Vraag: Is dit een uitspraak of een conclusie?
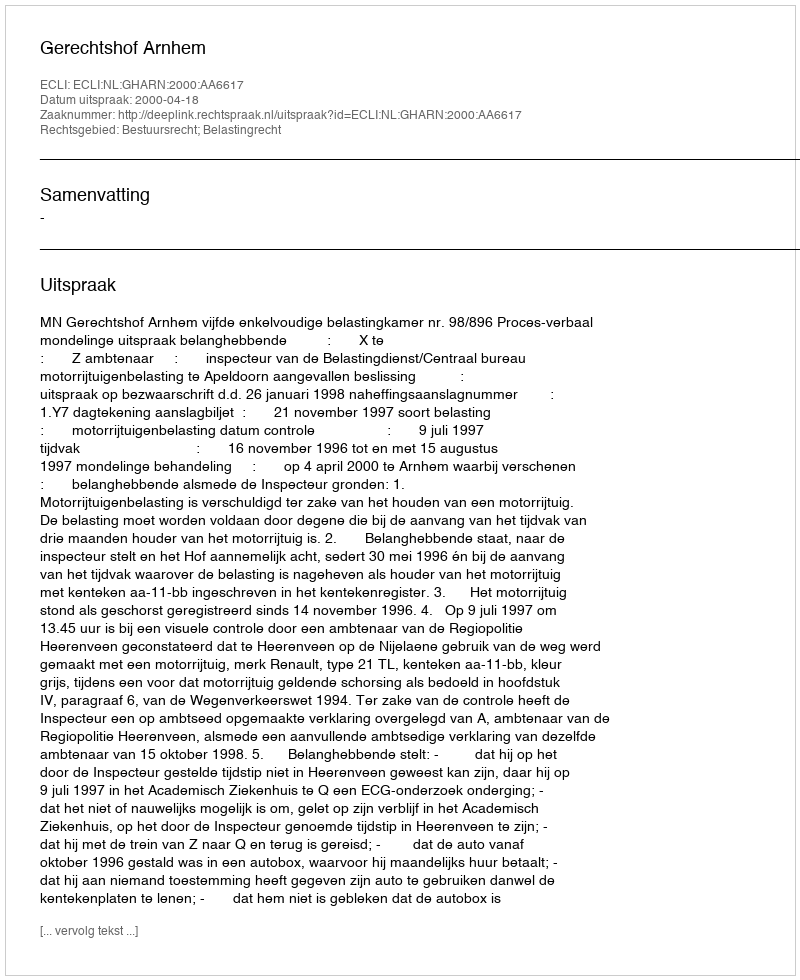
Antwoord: Uitspraak